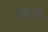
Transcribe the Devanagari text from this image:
द्ण्ड